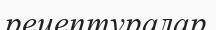
рецептуралар